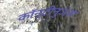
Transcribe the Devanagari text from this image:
कॉन्टीनुअस